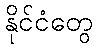
နိုင်ငံတွေ